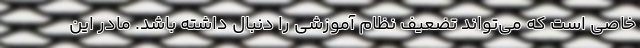
خاصی است که می‌تواند تضعیف نظام آموزشی را دنبال داشته باشد. مادر این